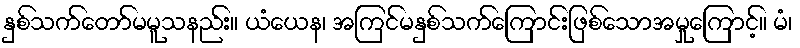
နှစ်သက်တော်မမူသနည်း။ ယံယေန၊ အကြင်မနှစ်သက်ကြောင်းဖြစ်သောအမှုကြောင့်။ မံ၊